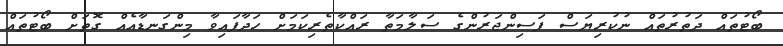
ބޯޓުތައް ދަތުރުތައް ނުކުރިޔަސް ފަސިންޖަރުންގެ ސަލާމަތާ ރައްކާތެރިކަމަށް ހަދާފައިވާ މިންގަނޑާއެއް ގޮތަށް ބޯޓުތައް